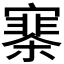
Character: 𡫗